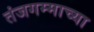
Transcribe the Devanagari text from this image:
तंजगम्माच्या